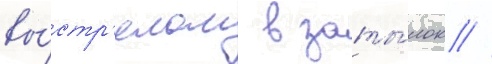
вы́стр'елом в заты́лок //